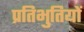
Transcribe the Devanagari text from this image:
प्रतिभुतियों